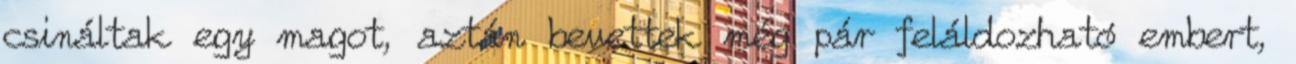
csináltak egy magot, aztán bevettek még pár feláldozható embert,